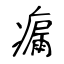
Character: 瘺